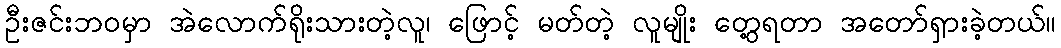
ဦးဇင်းဘဝမှာ အဲလောက်ရိုးသားတဲ့လူ၊ ဖြောင့် မတ်တဲ့ လူမျိုး တွေ့ရတာ အတော်ရှားခဲ့တယ်။